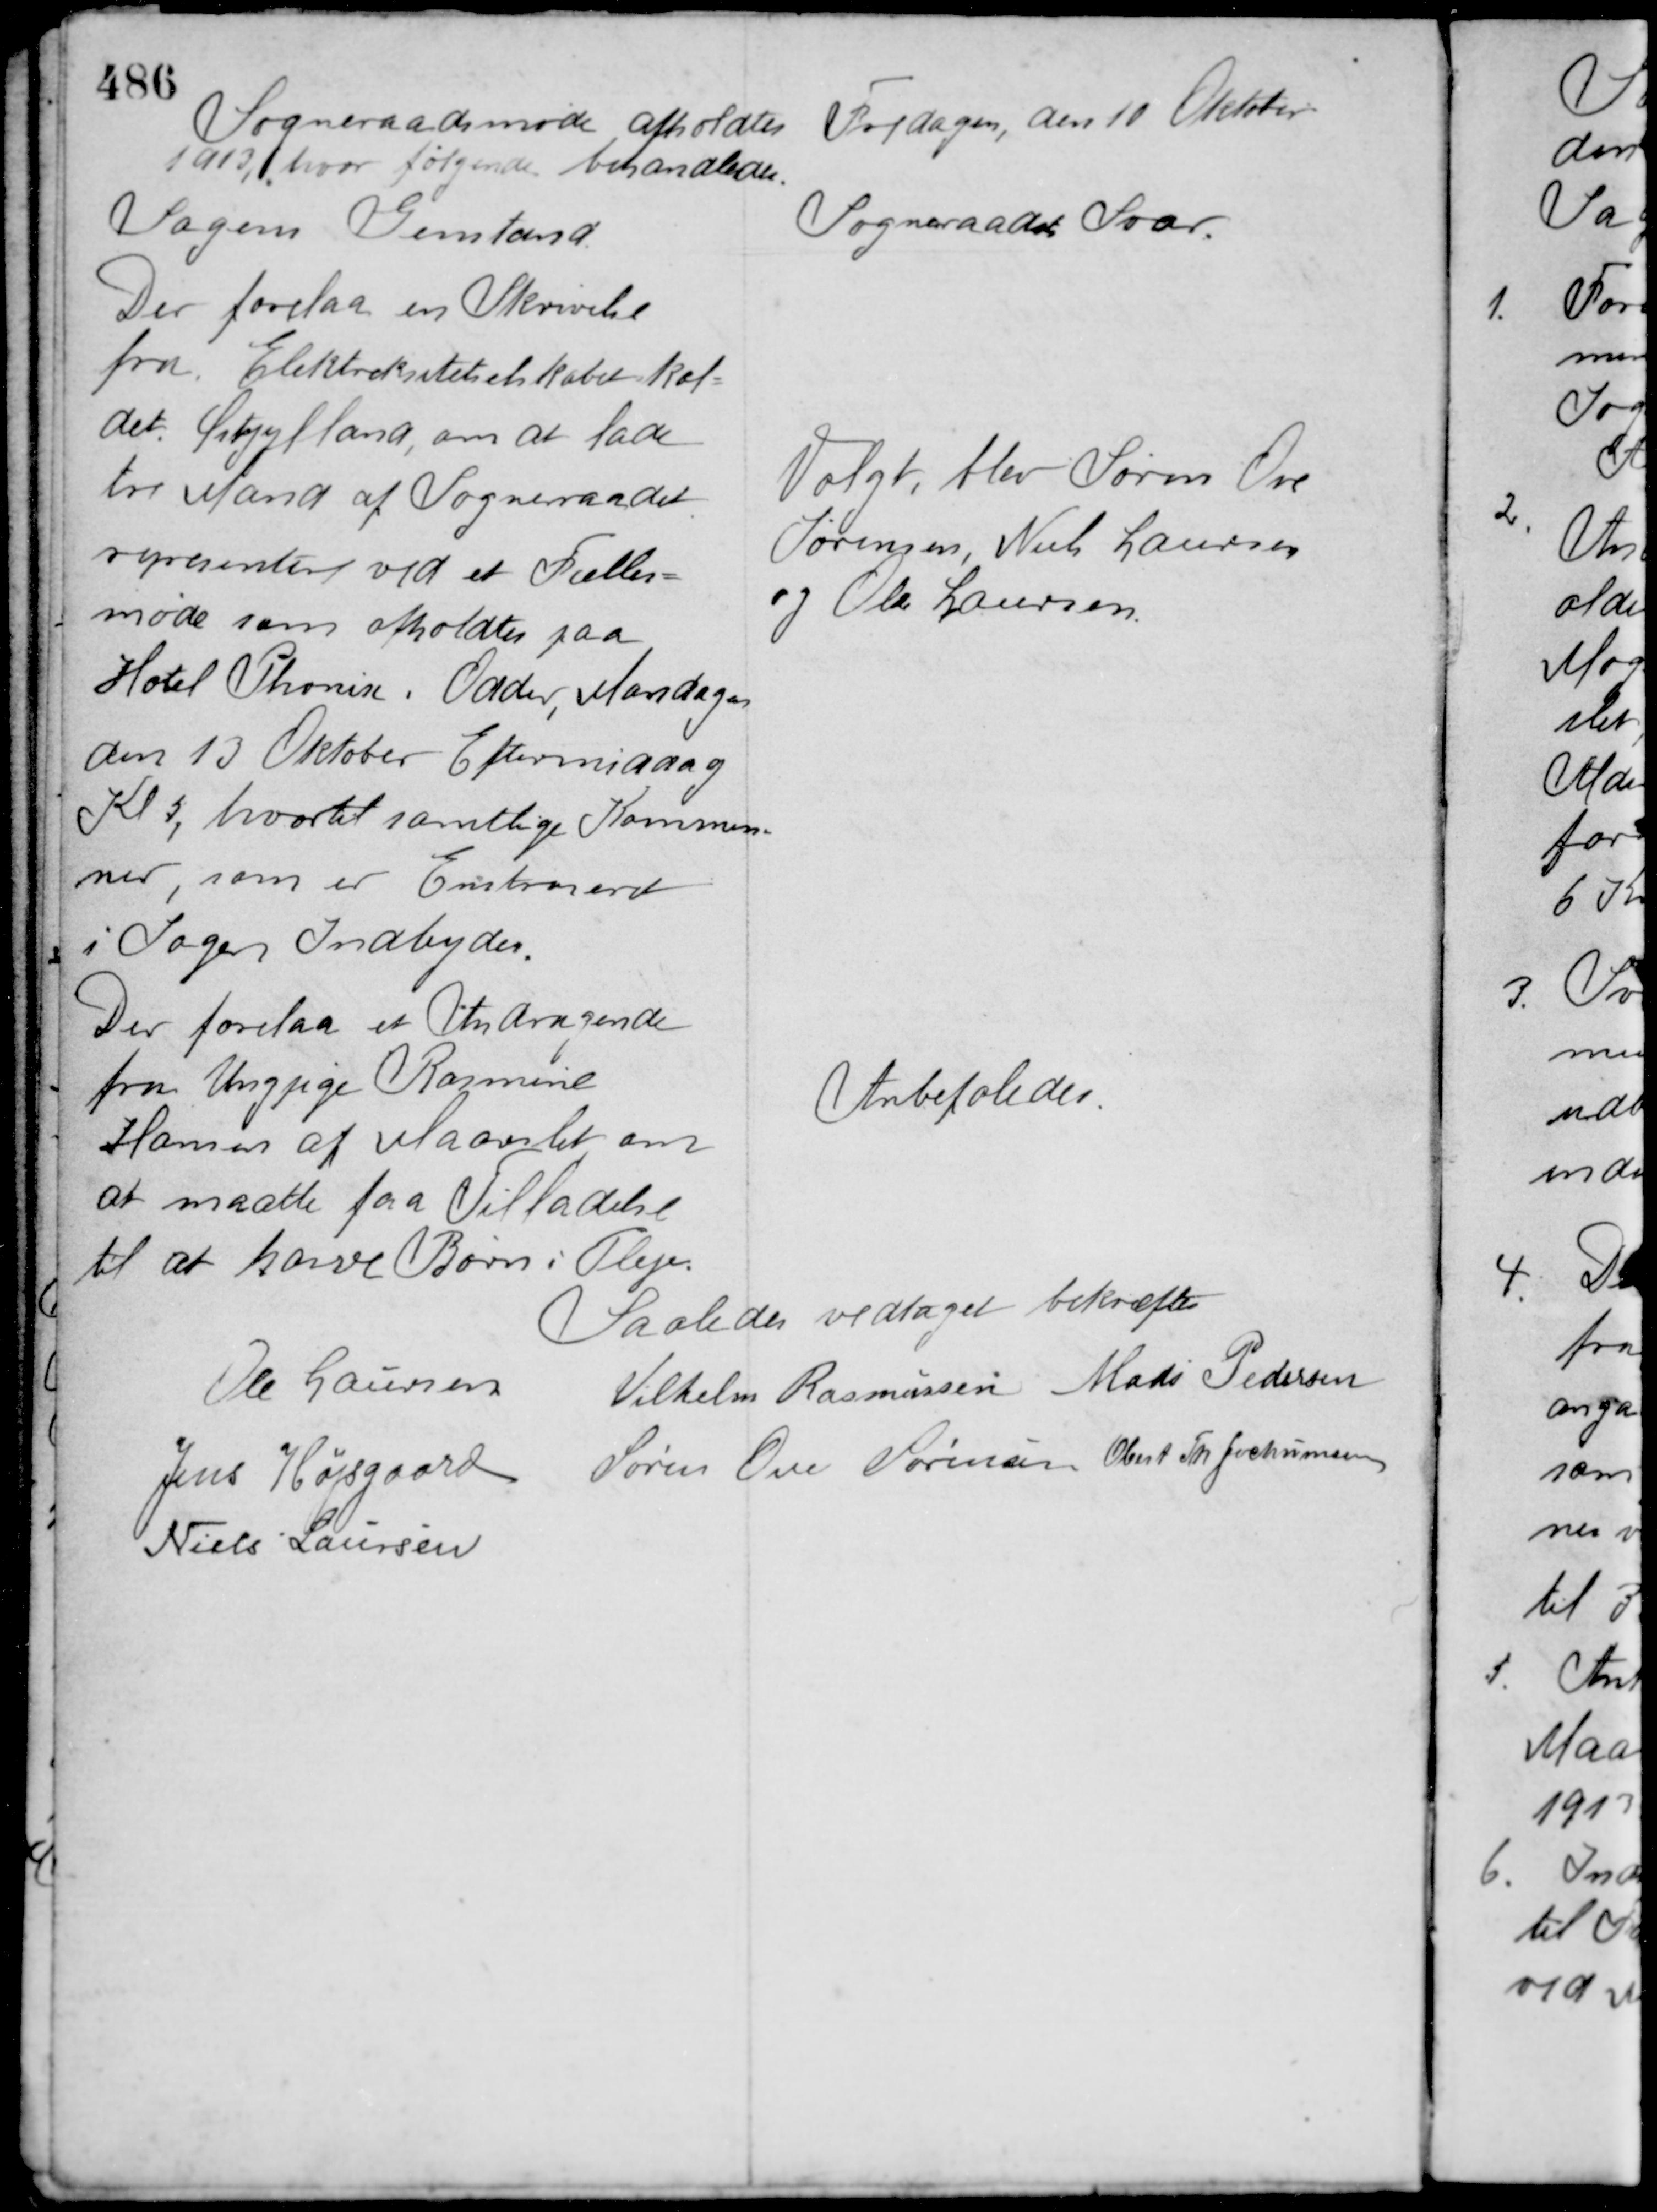
Transskription:
Sogneraadsmøde afholdtes Fredagen, den 10 Oktober
1913, hvor følgende behandledes.

Sagens Genstand

Sogneraadet Svar

Der forelaa en Skrivelse
fra Elektriksitetselskabet kal-
det, Østjylland, om at lade
tre Mand af Sogneraadet
representere ved et Fælles-
møde som afholdtes paa
Hotel Phønix, Odder, Mandagen
den 13 Oktober Eftermiddag
Kl 5, hvortil samtlige Kommu-
ner som er Entraseret
i Sagen Indbydes.

Valgt blev Søren Ove
Sørensen, Niels Laursen
og Ole Laursen

Der forelaa et Andragende
fra Ungpige Rasmine
Hansen af Maarslet om
at maatte faa Tilladelse
til at have Børn i Pleje.

Anbefaledes

Saaledes vedtaget bekræftes
Ole Laursen
Vilhelm Rasmussen Mads Pedersen
Jens Højsgaard Søren Ove Sørensen Obert Th. Jochumsen
Niels Laursen